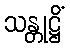
သန္တုဋ္ဌိံ